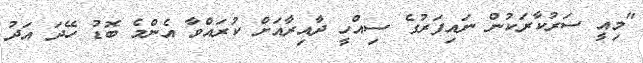
"މިއީ ސަރުކާރަކުން ނައިފަރުގެ ސިއްހީ ދާއިރާއަށް ކުރައްވާ އެންމެ ބޮޑު ހޭދަ އަދު